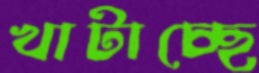
খাটাচ্ছে